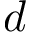
d